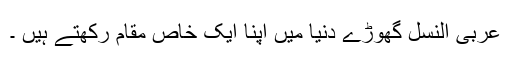
عربی النسل گھوڑے دنیا میں اپنا ایک خاص مقام رکھتے ہیں ۔